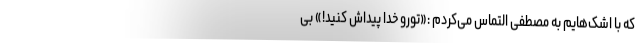
که با اشک‌هایم به مصطفی التماس می‌کردم :«تورو خدا پیداش کنید!» بی